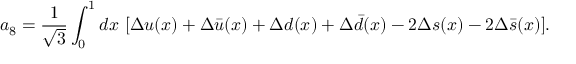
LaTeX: a _ { 8 } = { \frac { 1 } { \sqrt { 3 } } } \int _ { 0 } ^ { 1 } d x ~ [ \Delta u ( x ) + \Delta \bar { u } ( x ) + \Delta d ( x ) + \Delta \bar { d } ( x ) - 2 \Delta s ( x ) - 2 \Delta \bar { s } ( x ) ] .